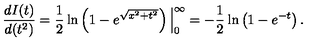
\frac { d I ( t ) } { d ( t ^ { 2 } ) } = \frac { 1 } { 2 } \ln \left( 1 - e ^ { \sqrt { x ^ { 2 } + t ^ { 2 } } } \right) \Big | _ { 0 } ^ { \infty } = - \frac { 1 } { 2 } \ln \left( 1 - e ^ { - t } \right) . \nonumber